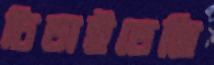
চিতাইতেছি